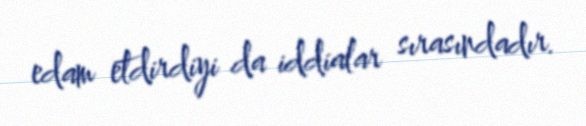
edam etdirdiyi da iddialar sırasındadır.